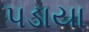
પડાયા